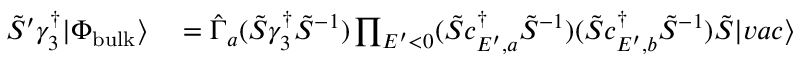
\begin{array} { r l } { \tilde { S } ^ { \prime } \gamma _ { 3 } ^ { \dagger } | \Phi _ { \mathrm { b u l k } } \rangle } & { { } = \hat { \Gamma } _ { a } ( \tilde { S } \gamma _ { 3 } ^ { \dagger } \tilde { S } ^ { - 1 } ) \prod _ { E ^ { \prime } < 0 } ( \tilde { S } c _ { E ^ { \prime } , a } ^ { \dagger } \tilde { S } ^ { - 1 } ) ( \tilde { S } c _ { E ^ { \prime } , b } ^ { \dagger } \tilde { S } ^ { - 1 } ) \tilde { S } | v a c \rangle } \end{array}